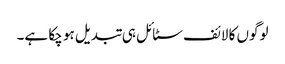
لوگوں کا لائف سٹائل ہی تبدیل ہو چکا ہے۔